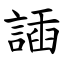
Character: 䛽